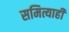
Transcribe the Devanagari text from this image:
समित्याही